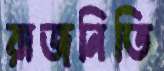
রাজনিতি